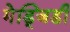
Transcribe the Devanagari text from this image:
मेड्जिडी